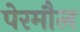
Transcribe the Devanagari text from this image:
पेरमौल